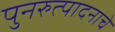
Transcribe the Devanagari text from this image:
पुनरुत्पादनाचे